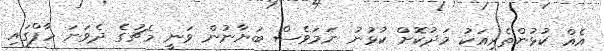
އެއް ކުޅުންތެރިއަކު މަދުކޮށް ކުޅުނު ނަމަވެސް ބަޔާނުން ވަނީ މެޗުގެ ދެވަނަ ހާފްގައި